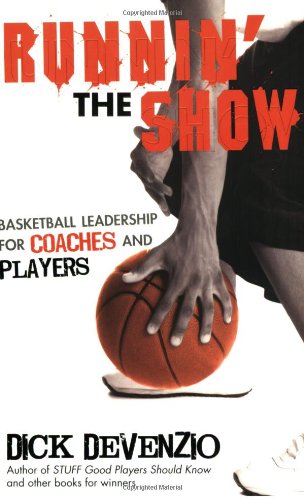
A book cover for Runnin' the Show: Basketball Leadership for Coaches and Players; Dick DeVenzio; Sports & Outdoors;